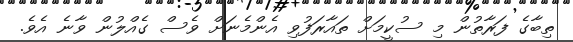
ތިބާގެ ފަރާތުން މި ސުކީމަށް ތައާރަފުވި އެންމެނަށް ވެސް ގެއްލުން ވާނެ އެވެ.